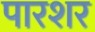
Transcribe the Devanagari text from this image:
पारशर